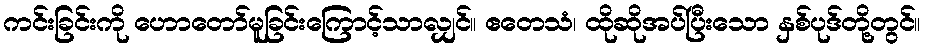
ကင်းခြင်းကို ဟောတော်မူခြင်းကြောင့်သာလျှင်။ ဧတေသံ၊ ထိုဆိုအပ်ပြီးသော နှစ်ပုဒ်တို့တွင်။